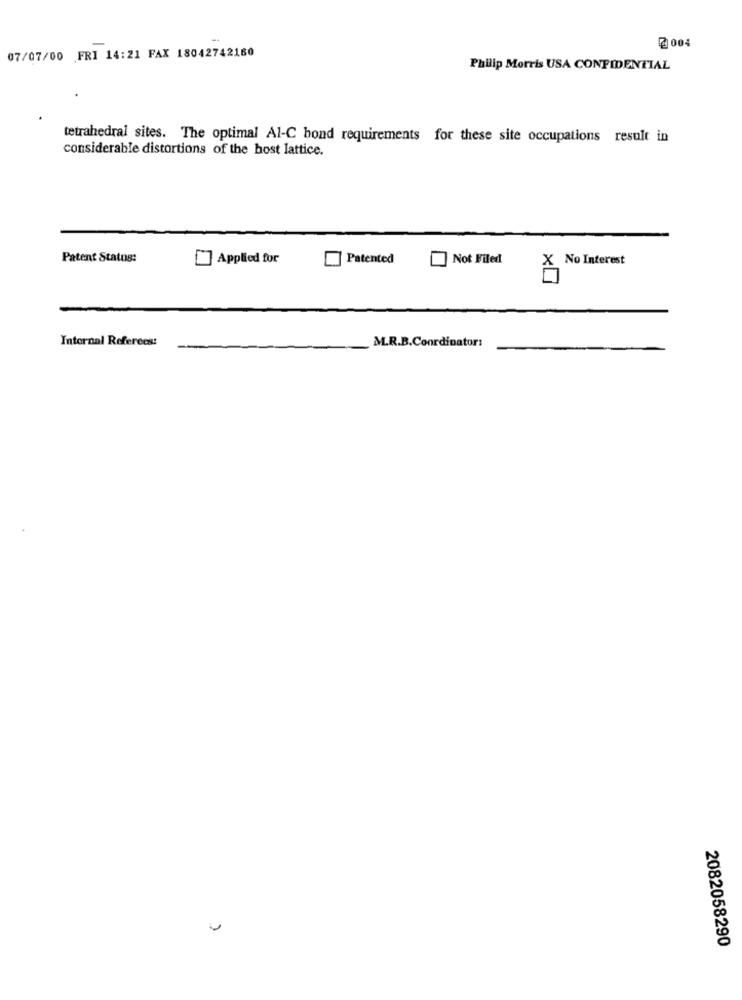
-
2 004
07/07/00 FRI 14:21 FAX 18042742160
Philip Morris USA CONFIDENTIAL
tetrahedral sites. The optimal Al-C bond requirements for these site occupations result in
considerable distortions of the host lattice.
Patent Status:
Applied for
Patented
Not Filed
X No Interest
Internal Referees:
M.R.B.Coordinator:
2082058290